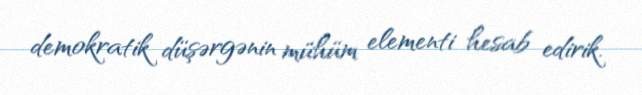
demokratik düşərgənin mühüm elementi hesab edirik.